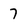
Character: 7